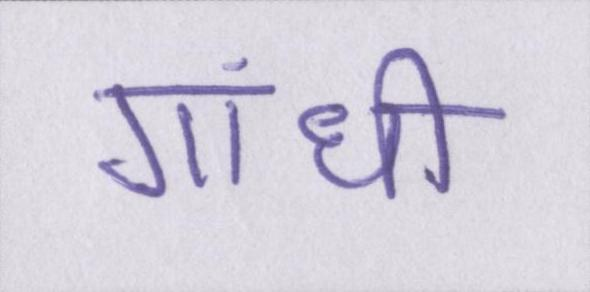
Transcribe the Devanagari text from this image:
गांधी